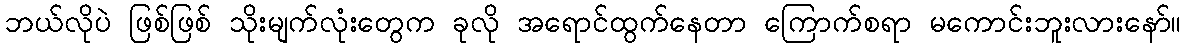
ဘယ်လိုပဲ ဖြစ်ဖြစ် သိုးမျက်လုံးတွေက ခုလို အရောင်ထွက်နေတာ ကြောက်စရာ မကောင်းဘူးလားနော်။